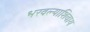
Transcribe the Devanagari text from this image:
भरवल्याशिवाय